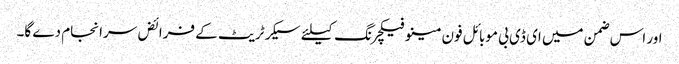
اور اس ضمن میں ای ڈی بی موبائل فون مینو فیکچرنگ کیلئے سیکرٹریٹ کے فرائض سرانجام دے گا۔